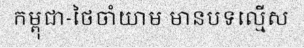
កម្ពុជា-ថៃចាំយាម មានបទល្មើស